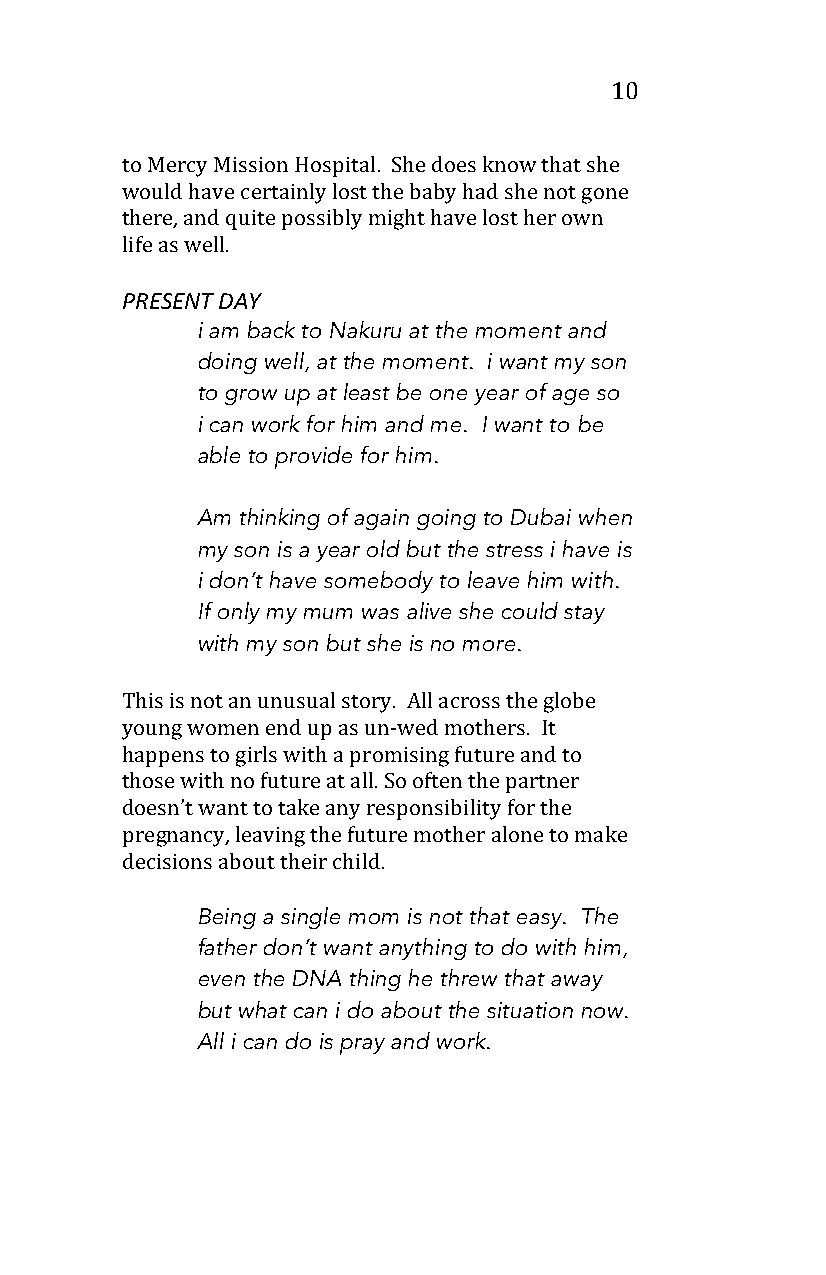
10
 to Mercy Mission Hospital. She does know that she
 would have certainly lost the baby had she not gone
 there, and quite possibly might have lost her own
 life as well.
 PRESENT DAY
 i am back to Nakuru at the moment and
 doing well, at the moment. i want my son
 to grow up at least be one year of age so
 i can work for him and me. I want to be
 able to provide for him.
 Am thinking of again going to Dubai when
 my son is a year old but the stress i have is
 i don’t have somebody to leave him with.
 If only my mum was alive she could stay
 with my son but she is no more.
 This is not an unusual story. All across the globe
 young women end up as un-wed mothers. It
 happens to girls with a promising future and to
 those with no future at all. So often the partner
 doesn’t want to take any responsibility for the
 pregnancy, leaving the future mother alone to make
 decisions about their child.
 Being a single mom is not that easy. The
 father don’t want anything to do with him,
 even the DNA thing he threw that away
 but what can i do about the situation now.
 All i can do is pray and work.